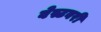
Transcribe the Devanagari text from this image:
वेस्टबरी